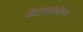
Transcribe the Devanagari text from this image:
फेटाळलेल्या